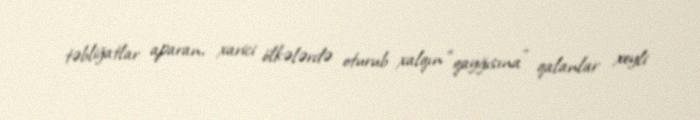
təbliğatlar aparan, xarici ölkələrdə oturub xalqın “qayğısına” qalanlar xeyli